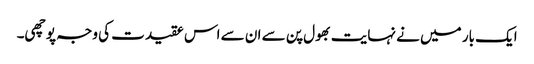
ایک بار میں نے نہایت بھول پن سے ان سے اس عقیدت کی وجہ پوچھی۔